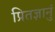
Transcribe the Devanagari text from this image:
प्रितज्ञानुं